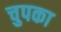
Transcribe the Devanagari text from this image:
चुपका